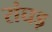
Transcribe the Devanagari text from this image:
रांघड़